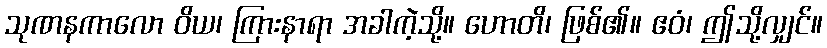
သုဏနကာလော ဝိယ၊ ကြားနာရာ အခါကဲ့သို့။ ဟောတိ၊ ဖြစ်၏။ ဧဝံ၊ ဤသို့လျှင်။